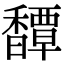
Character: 𩡝